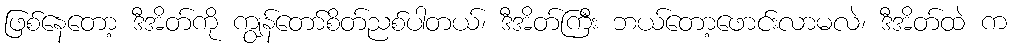
ဖြစ်နေတော့ ဒီအိတ်ကို ကျွန်တော်စိတ်ညစ်ပါတယ်၊ ဒီအိတ်ကြီး ဘယ်တော့ဖောင်းလာမလဲ၊ ဒီအိတ်ထဲ က